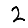
Digit: 2